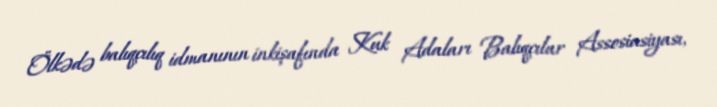
Ölkədə balıqçılıq idmanının inkişafında Kuk Adaları Balıqçılar Assosiasiyası,